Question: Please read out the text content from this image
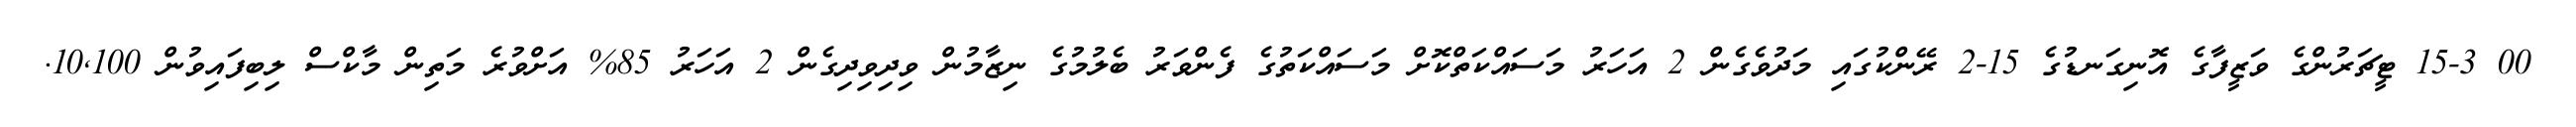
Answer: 00 15-3 ޓީޗަރުންގެ ވަޒީފާގެ އޮނިގަނޑުގެ 15-2 ރޭންކުގައި މަދުވެގެން 2 އަހަރު މަސައްކަތްކޮށް މަސައްކަތުގެ ފެންވަރު ބެލުމުގެ ނިޒާމުން ވިދިވިދިގެން 2 އަހަރު 85% އަށްވުރެ މަތިން މާކްސް ލިބިފައިވުން 10,100.